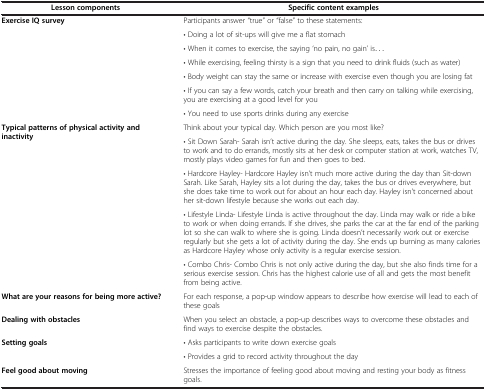
| Lesson components | Specific content examples |
 | --- | --- |
 | <ROWSPAN=7> Exercise IQ survey | Participants answer “true” or “false” to these statements: |
 | • Doing a lot of sit-ups will give me a flat stomach |
 | • When it comes to exercise, the saying ‘no pain, no gain’ is... |
 | • While exercising, feeling thirsty is a sign that you need to drink fluids (such as water) |
 | • Body weight can stay the same or increase with exercise even though you are losing fat |
 | • If you can say a few words, catch your breath and then carry on talking while exercising, you are exercising at a good level for you |
 | • You need to use sports drinks during any exercise |
 | <ROWSPAN=5> Typical patterns of physical activity and inactivity | Think about your typical day. Which person are you most like? |
 | • Sit Down Sarah- Sarah isn’t active during the day. She sleeps, eats, takes the bus or drives to work and to do errands, mostly sits at her desk or computer station at work, watches TV, mostly plays video games for fun and then goes to bed. |
 | • Hardcore Hayley- Hardcore Hayley isn’t much more active during the day than Sit-down Sarah. Like Sarah, Hayley sits a lot during the day, takes the bus or drives everywhere, but she does take time to work out for about an hour each day. Hayley isn’t concerned about her sit-down lifestyle because she works out each day. |
 | • Lifestyle Linda- Lifestyle Linda is active throughout the day. Linda may walk or ride a bike to work or when doing errands. If she drives, she parks the car at the far end of the parking lot so she can walk to where she is going. Linda doesn’t necessarily work out or exercise regularly but she gets a lot of activity during the day. She ends up burning as many calories as Hardcore Hayley whose only activity is a regular exercise session. |
 | • Combo Chris- Combo Chris is not only active during the day, but she also finds time for a serious exercise session. Chris has the highest calorie use of all and gets the most benefit from being active. |
 | What are your reasons for being more active? | For each response, a pop-up window appears to describe how exercise will lead to each of these goals |
 | Dealing with obstacles | When you select an obstacle, a pop-up describes ways to overcome these obstacles and find ways to exercise despite the obstacles. |
 | <ROWSPAN=2> Setting goals | • Asks participants to write down exercise goals |
 | • Provides a grid to record activity throughout the day |
 | Feel good about moving | Stresses the importance of feeling good about moving and resting your body as fitness goals. |